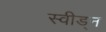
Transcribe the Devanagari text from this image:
स्वीड्न